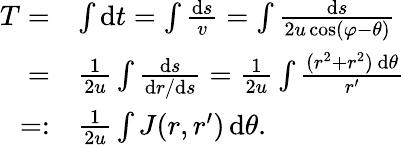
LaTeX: \begin{array}{rl}{T=}&{\int\mathrm{d}t=\int\frac{\mathrm{d}s}{v}=\int\frac{\mathrm{d}s}{2u\cos(\varphi-\theta)}}\\ {=}&{\frac{1}{2u}\int\frac{\mathrm{d}s}{\mathrm{d}r/\mathrm{d}s}=\frac{1}{2u}\int\frac{(r^{2}+r^{2})\, \mathrm{d}\theta}{r^{\prime}}}\\ {=:}&{\frac{1}{2u}\int J(r,r^{\prime})\, \mathrm{d}\theta.}\end{array}